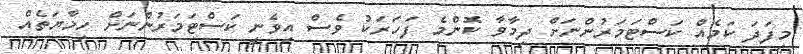
މިފަދަ ކަމެއް ކަސްޓަމަރުންނަށް ދިމާވާ ކޮންމެ ފަހަރަކު ވެސް އިވެނީ ކަސްޓަމަރުންނަށް ހިމާޔަތެއް